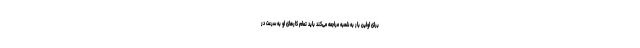
برای اولین بار به شعبه مراجعه می‌کند باید تمام کارهای او به سرعت در